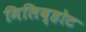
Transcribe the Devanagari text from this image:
मिलिव्होट